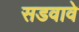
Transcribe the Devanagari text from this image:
सडवावे